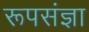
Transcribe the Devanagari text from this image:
रूपसंज्ञा